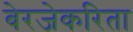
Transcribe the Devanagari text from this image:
बेरजेकरिता